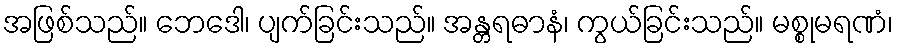
အဖြစ်သည်။ ဘေဒေါ၊ ပျက်ခြင်းသည်။ အန္တရဓာနံ၊ ကွယ်ခြင်းသည်။ မစ္စုမရဏံ၊